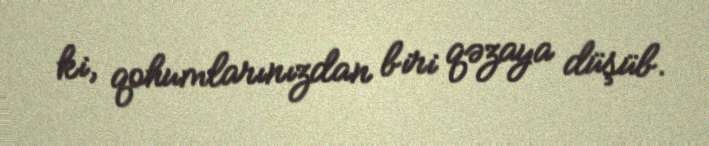
ki, qohumlarınızdan biri qəzaya düşüb.